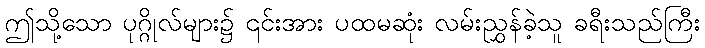
ဤသို့သော ပုဂ္ဂိုလ်များ၌ ၎င်းအား ပထမဆုံး လမ်းညွှန်ခဲ့သူ ခရီးသည်ကြီး